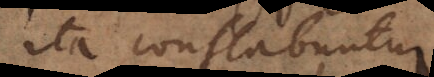
ita conflabuntur: